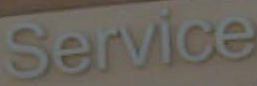
Service